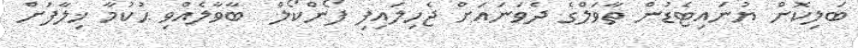
ބަލިކޮށް ޔުނައިޓެޑުން ތާވަލްގެ ދެވަނައަށް ޖެހިލައިފި ފޯންކޯލް  ބާވާލެއްވި ޙުކުމާ ޚިލާފަށް